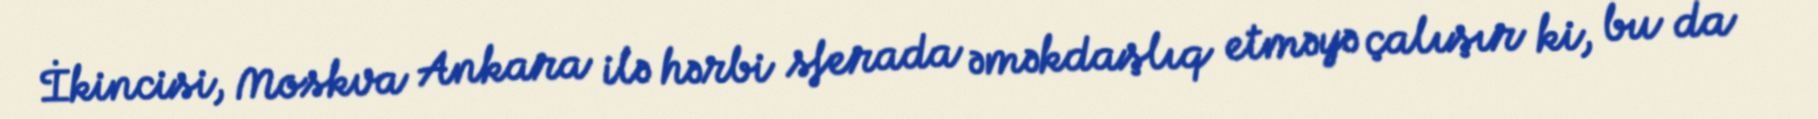
İkincisi, Moskva Ankara ilə hərbi sferada əməkdaşlıq etməyə çalışır ki, bu da